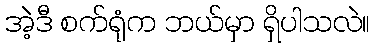
အဲ့ဒီ စက်ရုံက ဘယ်မှာ ရှိပါသလဲ။